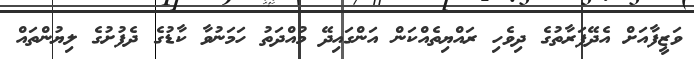
ވަޒީފާއަށް އެދޭފަރާތުގެ ދިވެހި ރައްޔިތެއްކަން އަންގައިދޭ މުއްދަތު ހަމަނުވާ ކާޑުގެ ދެފުށުގެ ލިޔުންތައް